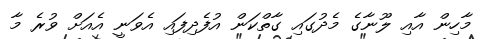
މާހިން އާއި ލޫނާގެ މެދުގައި ގާތްކަން އުފެދިފައި އެވަނީ އެއަށް ވުރެ މާ